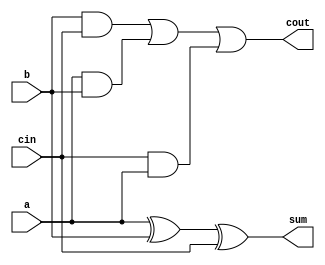
module fulladder(a,b,cin,cout,sum); 
input a,b,cin; 
output cout,sum; 
assign #3 cout= (b&cin | a&b | cin&a );
assign #6 sum=a^b^cin; 
endmodule 


//defining the 4 bit RCA
module RCA(X,Y,Co,S);
input [3:0]X,Y;
output [3:0]S;
output Co;

fulladder f1(X[0],Y[0],1'b0,w1,S[0]);
fulladder f2(X[1],Y[1],w1,w2,S[1]);
fulladder f3(X[2],Y[2],w2,w3,S[2]);
fulladder f4(X[3],Y[3],w3,Co,S[3]);
endmodule